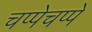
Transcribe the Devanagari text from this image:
चप्पेचप्पे